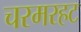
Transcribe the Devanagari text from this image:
चरमरहट